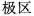
极区